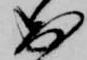
出